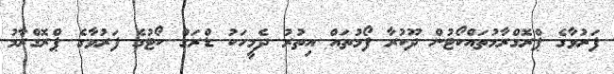
ފަރުވާގެ ޕްރޮގްރާމުތައްކޯޓުން ދޫކުރާ ފޯމުތައް އިތުރު ދެމީހަކު ޑްރަގް ކޯޓުގެ ފަރުވާގެ ޕްރޮގްރާމު